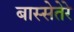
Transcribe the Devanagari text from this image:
बास्सेतेरे